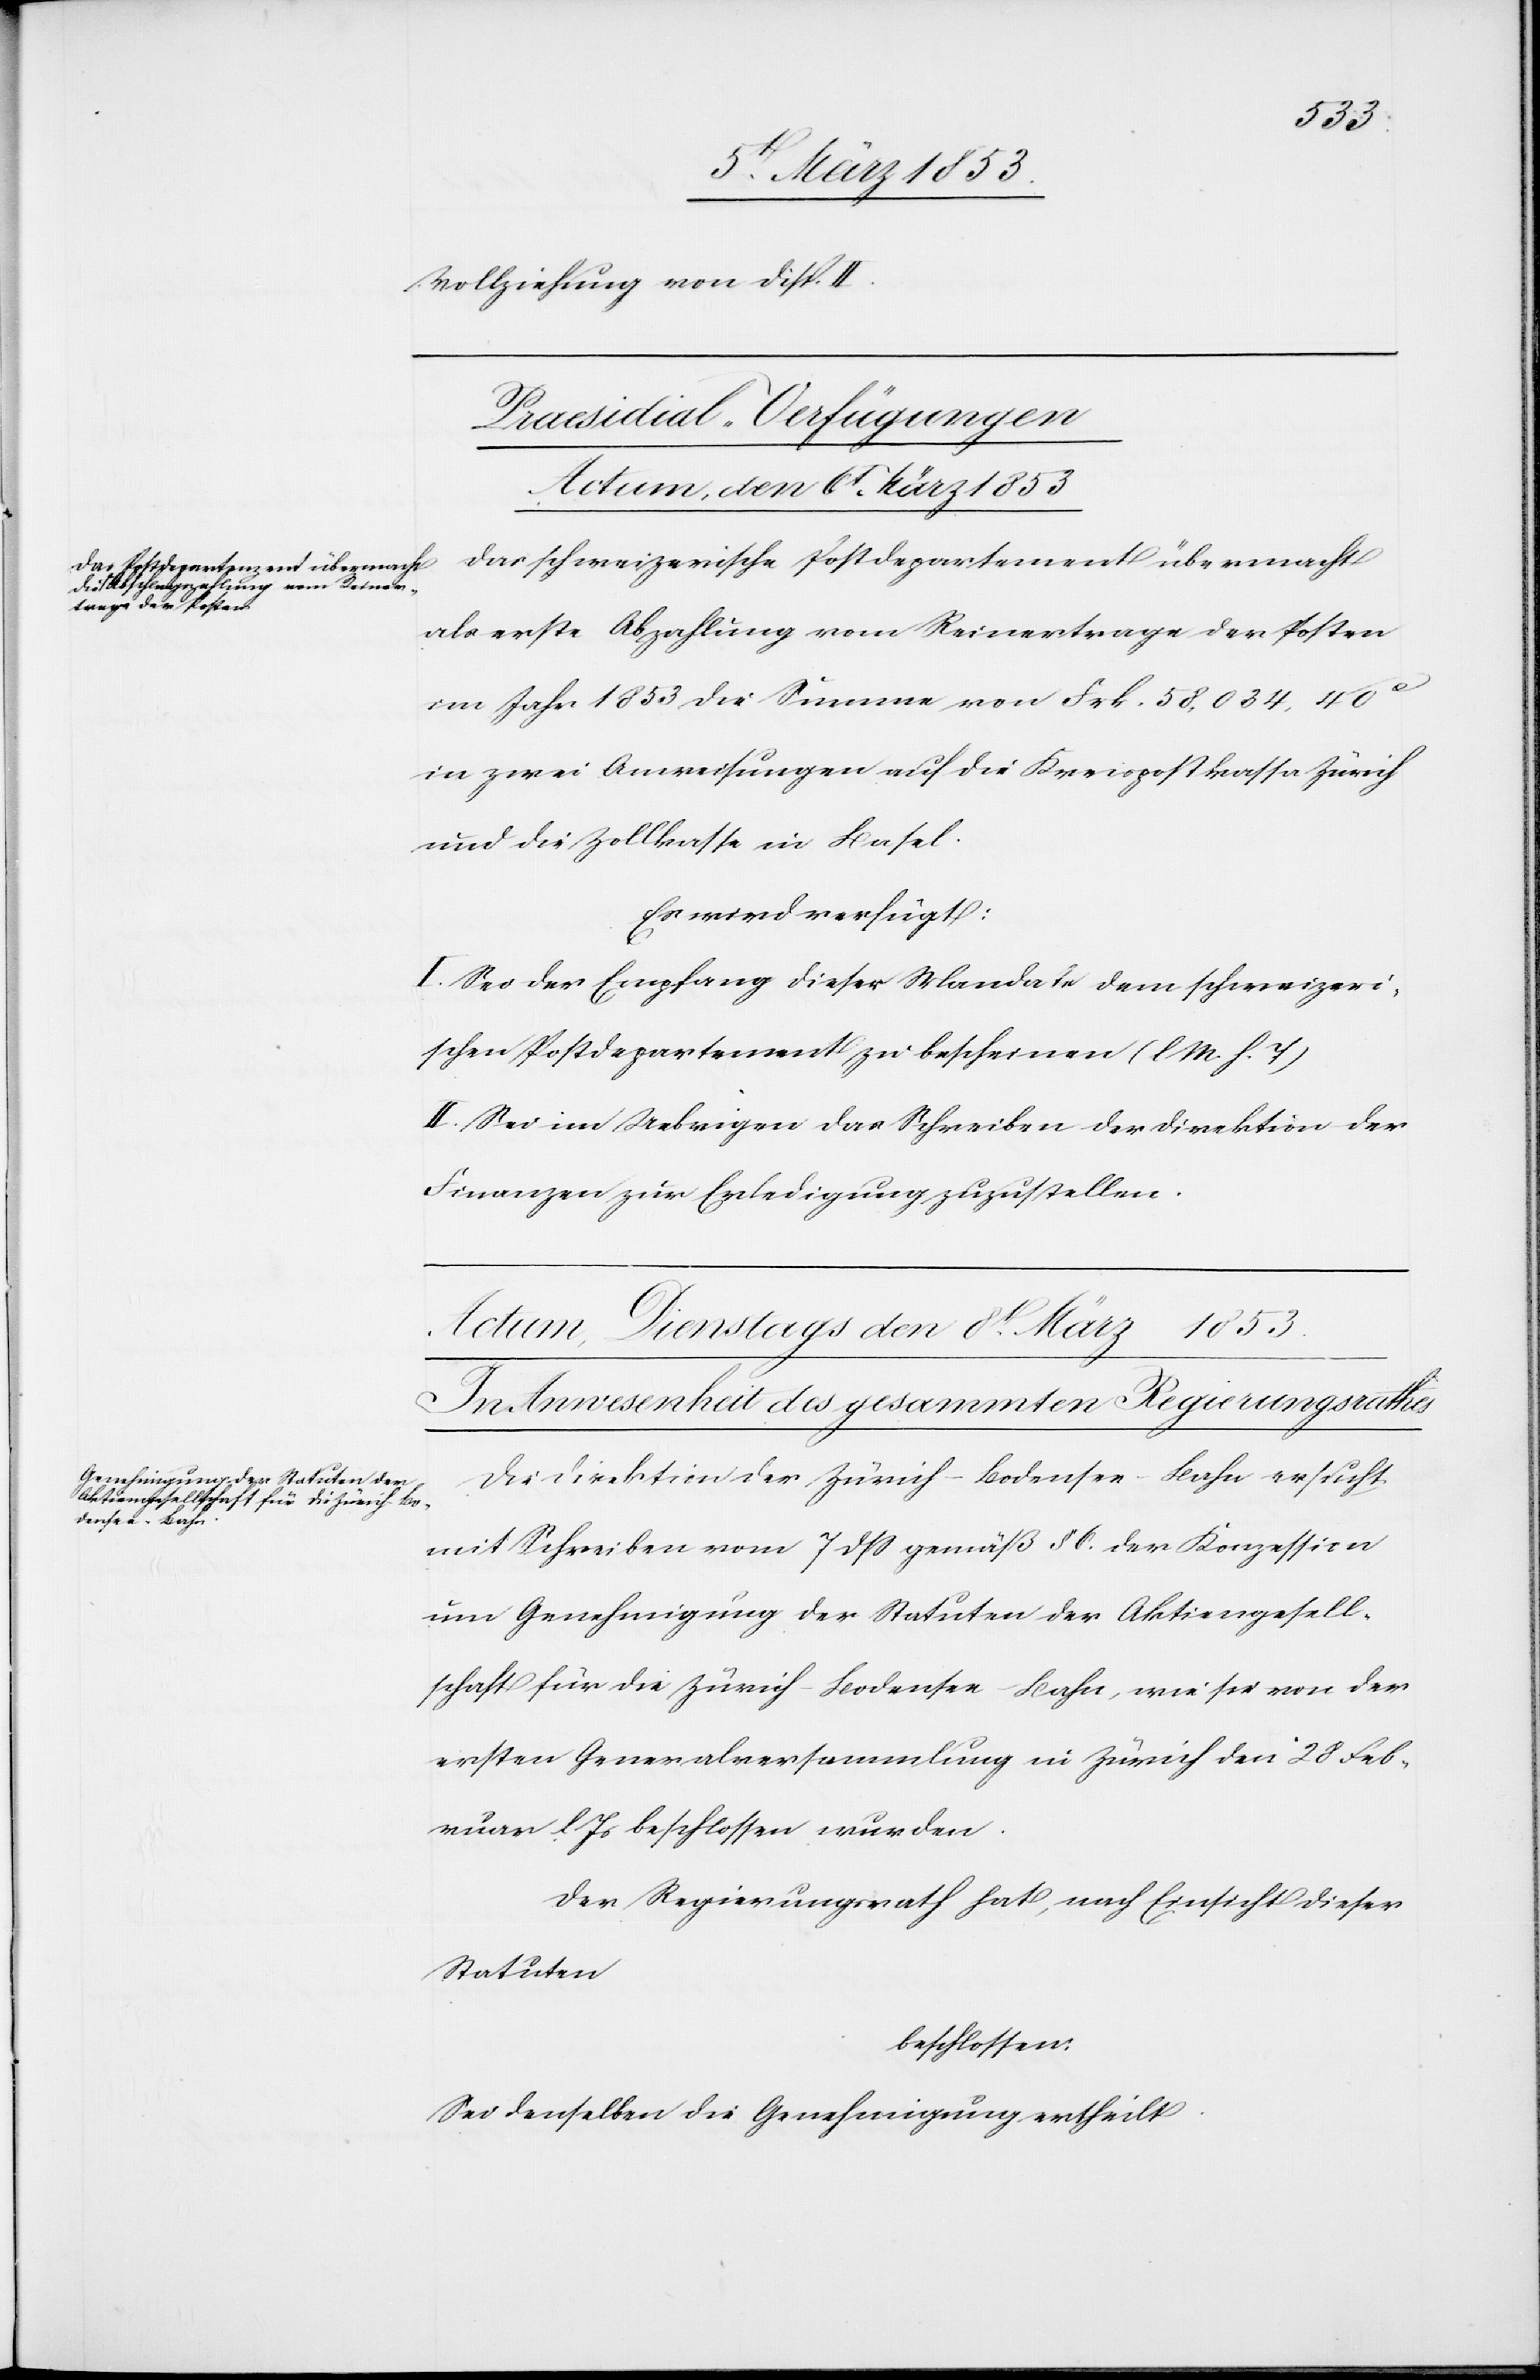
Vollziehung von Disp. II.
Praesidial-Verfügungen
Actum, den 6t März 1853
Das schweizerische Postdepartement übermacht
als erste Abzahlung vom Reinertrage der Posten
im Jahr 1853 die Summe von Frk. 58, 034. 40
in zwei Anweisungen auf die Kreispostkassa Zürich
und die Zollkasse in Basel.
Es wird verfügt:
I. Sei der Empfang dieser Mandate dem schweizeri¬
schen Postdepartement zu bescheinen [l. M. h. T]
II. Sei im Uebrigen das Schreiben der Direktion der
Finanzen zur Erledigung zuzustellen.
Die Direktion der Zürich-Bodensee-Bahn ersucht
mit Schreiben vom 7 dß gemäß § 6 der Konzession
um Genehmigung der Statuten der Aktiengesell¬
schaft für die Zürich-Bodensee-Bahn, wie sie von der
ersten Gemeindsversammlung in Zürich den 28 Feb¬
ruar d. Js. beschlossen wurden.
Der Regierungsrath hat, nach Einsicht dieser
Statuten
beschlossen:
Sei denselben die Genehmigung ertheilt.